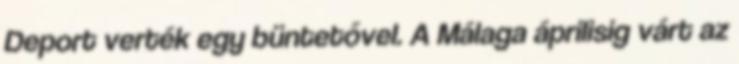
Deport verték egy büntetővel. A Málaga áprilisig várt az